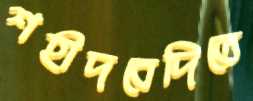
শহীদবেদিতে